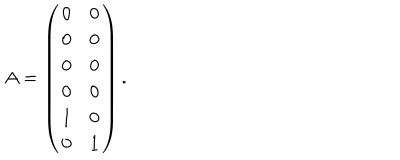
LaTeX: A = \left( \begin{array} { c c } { { 0 } } & { { 0 } } \\ { { 0 } } & { { 0 } } \\ { { 0 } } & { { 0 } } \\ { { 0 } } & { { 0 } } \\ { { 1 } } & { { 0 } } \\ { { 0 } } & { { 1 } } \\ \end{array} \right) .